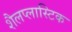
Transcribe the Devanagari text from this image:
शैलप्लास्टिक